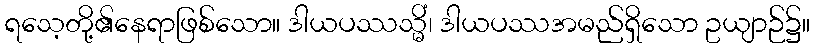
ရသေ့တို့၏နေရာဖြစ်သော။ ဒါယပဿသ္မိံ၊ ဒါယပဿအမည်ရှိသော ဥယျာဉ်၌။